Kassari_(Keina)_vallavalitsus, lk 39
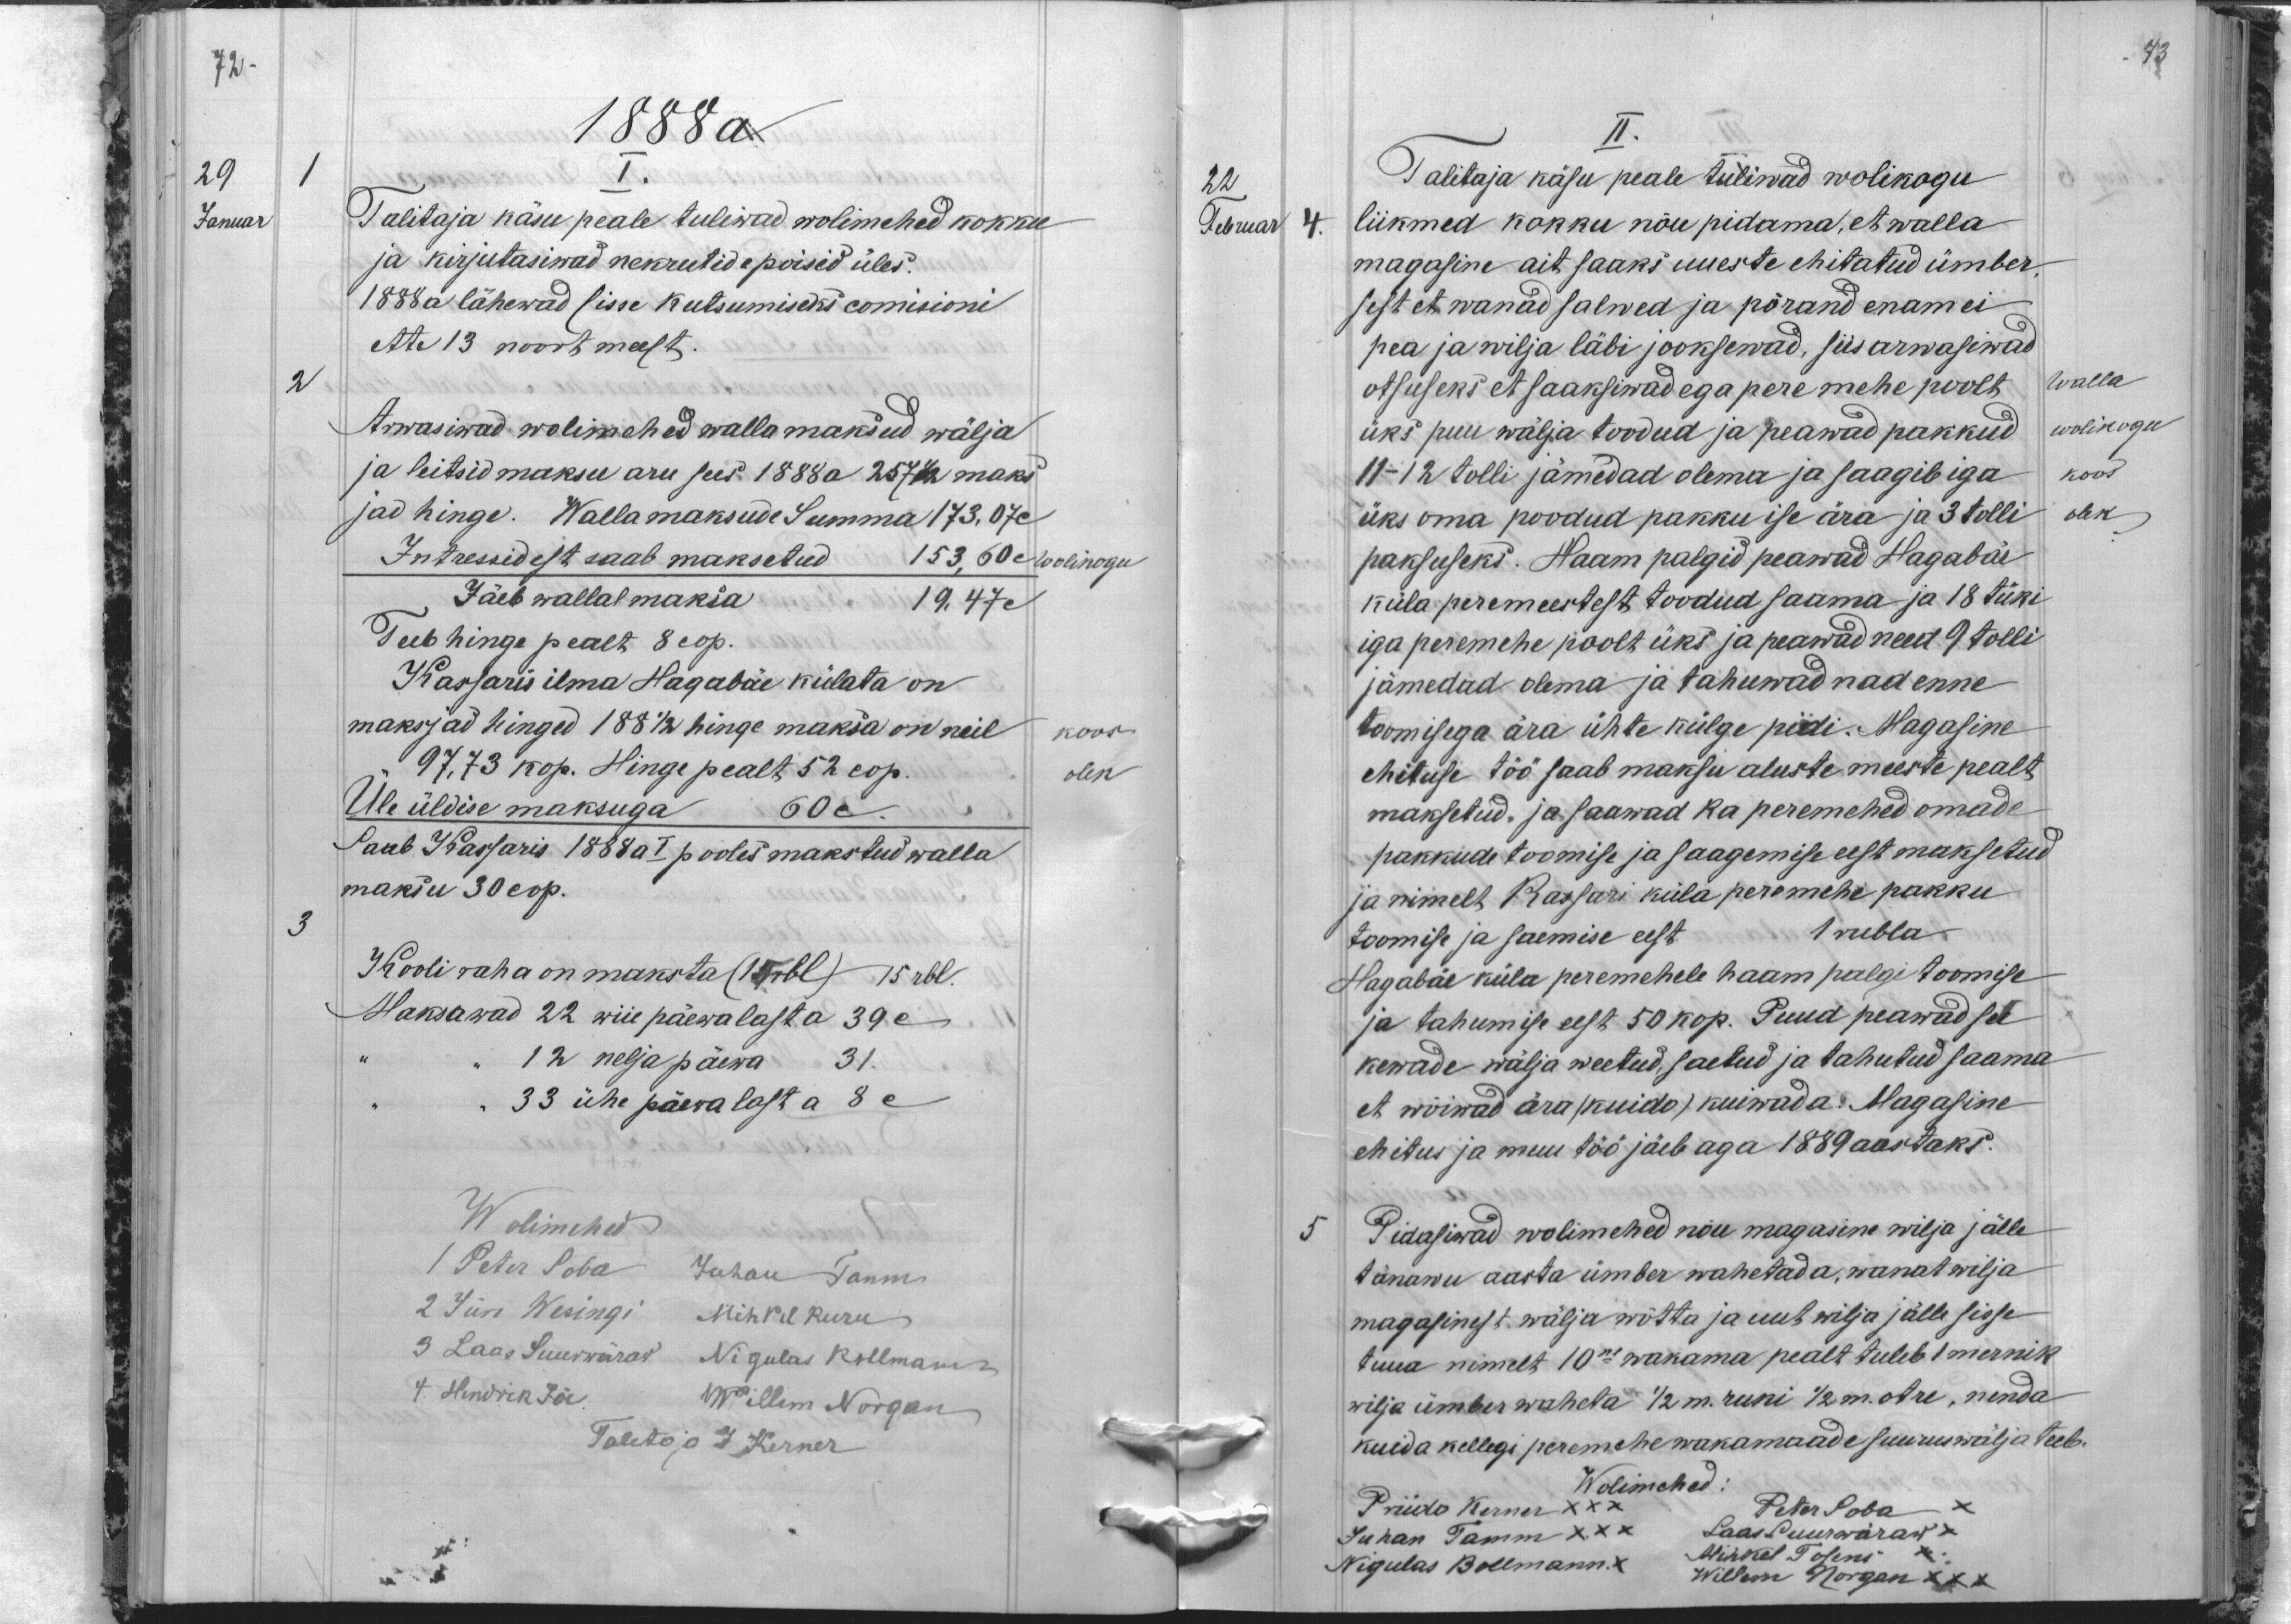
72
1888 a
29
1
I.
Januar
Talitaja käsu peale tuliwad wolimehed kokku
ja kirjutasiwad nekrutide poisid üles.
1888 a lähewad sisse kutsumiseks comisioni
ette 13 noort meest.
2
Arwasiwad wolimehed walla maksud wälja
ja leitsid maksu aru sees 1888 a 257 1/2 maks-
jad hinge. Wallamaksude Summa 173, 07 c
Intressidest saab maksetud 153,60 c
wolikogu
Jäeb wallal maksa 19,47 c
Teeb hinge pealt 8 cop.
Kassaris ilma Hagabäe külata on
maksjad hinged 188 1/2 hinge maksa on neil
koos
97,73 kop. Hinge pealt 52 cop.
olek
Üle üldise maksuga 60 c.
Saab Kassaris 1888 a I pooles makstud walla
maksu 30 cop.
3
Kooli raha on maksta (14 rbl) 15 rbl.
Maksawad 22 wiie päewalasta 39 c
12 neljapäewa
31.
„33 ühe päewalast a 8 c
Wolimehed
1 Peter Soba Juhan Tamm.
2 Jüri Wesingi Mihkel Kuru
3 Laas Suurwäraw Nigulas Kollmann
4. Hendrik Jõe. Willem Norgan
Taletaja J Kerner

73
II.
22
Talitaja käsu peale tuliwad wolikogu
Februar 4.
liikmed kokku nõu pidama, et walla
magasine ait saaks uueste ehitatud ümber,
sest et wanad salwed ja põrand enam ei
pea ja wilja läbi jooksewad, siis arwasiwad
otsuseks et saaksiwad ega peremehe poolt
walla.
üks puu wälja toodud ja peawad pakkud
wolikogu
11-12 tolli jämedad olema ja saagib iga
koos
üks oma toodud pakku ise ära ja 3 tolli
olek
paksuseks. Haam palgid peawad Hagabäe
küla peremeestest toodud saama ja 18 tüki
iga peremehe poolt üks ja peawad need 9 tolli
jämedad olema ja tahuwad nad enne
toomisega ära ühte külge pidi. Magasine
ehituse töö saab maksu aluste meeste pealt
maksetud, ja saawad ka peremehed omade
pakkude toomise ja saagemise eest maksetud
ja nimelt Kassari küla peremehe pakku
toomise ja saemise eest 1 rubla
Hagabäe küla peremehele haam palgi toomise
ja tahumise eest 50 kop. Puud peawad see
kewade wälja weetud, saetud ja tahutud saama
et wõiwad ära (kuido) kuiwada. Magasine
ehitus ja muu töö jäeb aga 1889 aastaks.
5
Pidasiwad wolimehed nõu magasine wilja jälle
tänawu aasta ümber wahetada, wanat wilja
magasinest wälja wõtta ja uut wilja jälle sisse
tuua nimelt 10ne wakama pealt tuleb 1 mernik
wilja ümber waheta 1/2 m. ruki 1/2 m. otre, nenda
kuida kellegi peremehe wakamaade suurus wälja teeb.
Wolimehed
Priido Kerner XXX
Peter Soba
Juhan Tamm XXX Laas Suurwäraw x
Nigulas Bollmann X
Mihkel Tosens x
Willem Norgan XXX